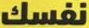
نفسك